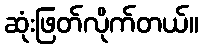
ဆုံးဖြတ်လိုက်တယ်။